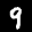
Label: 9